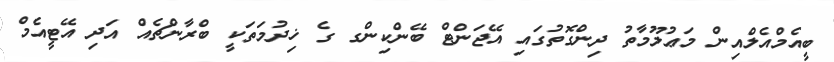
ބީއެމްއެލްއިން މަޢުލޫމާތު ދިންގޮތުގައި އޭޖަންޓް ބޭންކިންގ ގެ ޚިދުމަތަކީ ބްރާންޗެއް އަދި އޭޓީއެމް